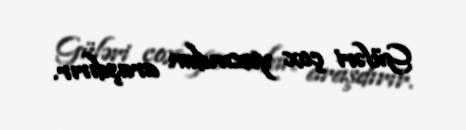
Güləri çox yaxından araşdırır.